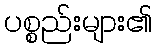
ပစ္စည်းများ၏